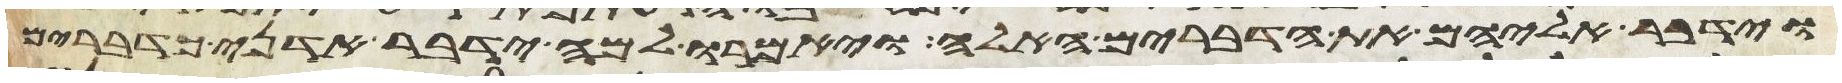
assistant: וידבר אליהם את הדברים האלה ויאמרו למה ידבר אדני כדברים